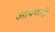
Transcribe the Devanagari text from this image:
आपणने